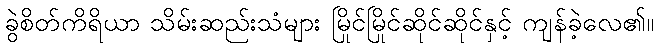
ခွဲစိတ်ကိရိယာ သိမ်းဆည်းသံများ မြိုင်မြိုင်ဆိုင်ဆိုင်နှင့် ကျန်ခဲ့လေ၏။